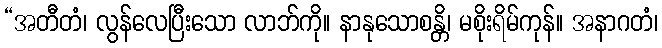
“အတီတံ၊ လွန်လေပြီးသော လာဘ်ကို။ နာနုသောစန္တိ၊ မစိုးရိမ်ကုန်။ အနာဂတံ၊